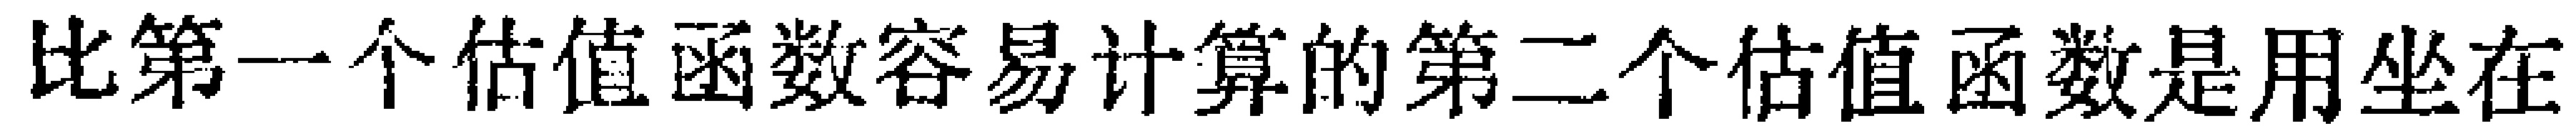
比第一个估值函数容易计算的第二个估值函数是用坐在